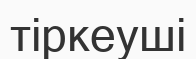
тіркеуші